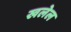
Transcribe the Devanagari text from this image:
खलेल